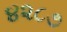
૪૨૮૭